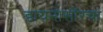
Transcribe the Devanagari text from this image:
डायनोसॉरचा